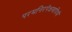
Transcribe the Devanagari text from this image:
परमनिरपेक्षवादियों